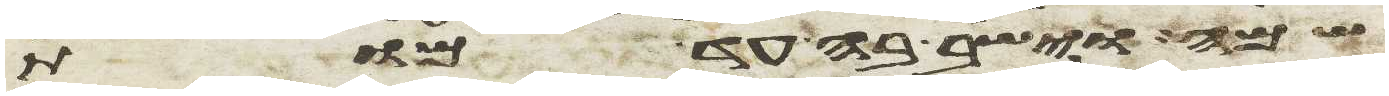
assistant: שמה וישב בה עד מות